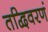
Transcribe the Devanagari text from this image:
तद्विवरणं